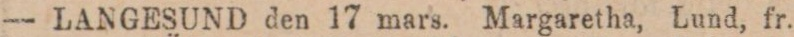
— LANGESUND den 17 mars. Margaretha, Lund, fr.